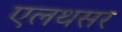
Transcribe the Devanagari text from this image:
एलथसर